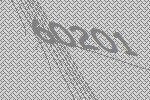
60201